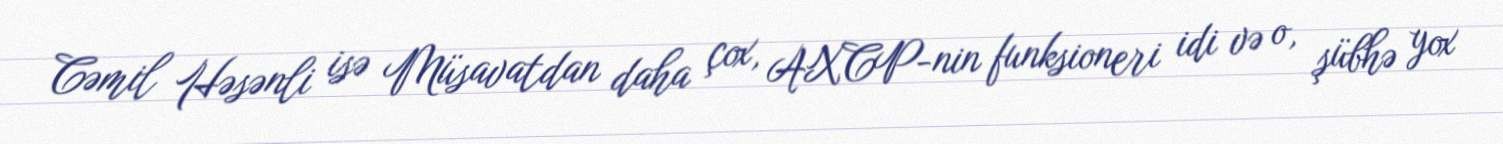
Cəmil Həsənli isə Müsavatdan daha çox, AXCP-nin funksioneri idi və o, şübhə yox